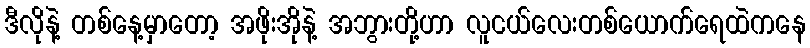
ဒီလိုနဲ့ တစ်နေ့မှာတော့ အဖိုးအိုနဲ့ အဘွားတို့ဟာ လူငယ်လေးတစ်ယောက်ရေထဲကနေ